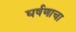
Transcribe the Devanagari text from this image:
घर्षणाचा